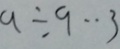
a \div 9 \cdot 3